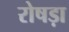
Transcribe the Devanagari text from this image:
रोषड़ा